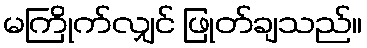
မကြိုက်လျှင် ဖြုတ်ချသည်။